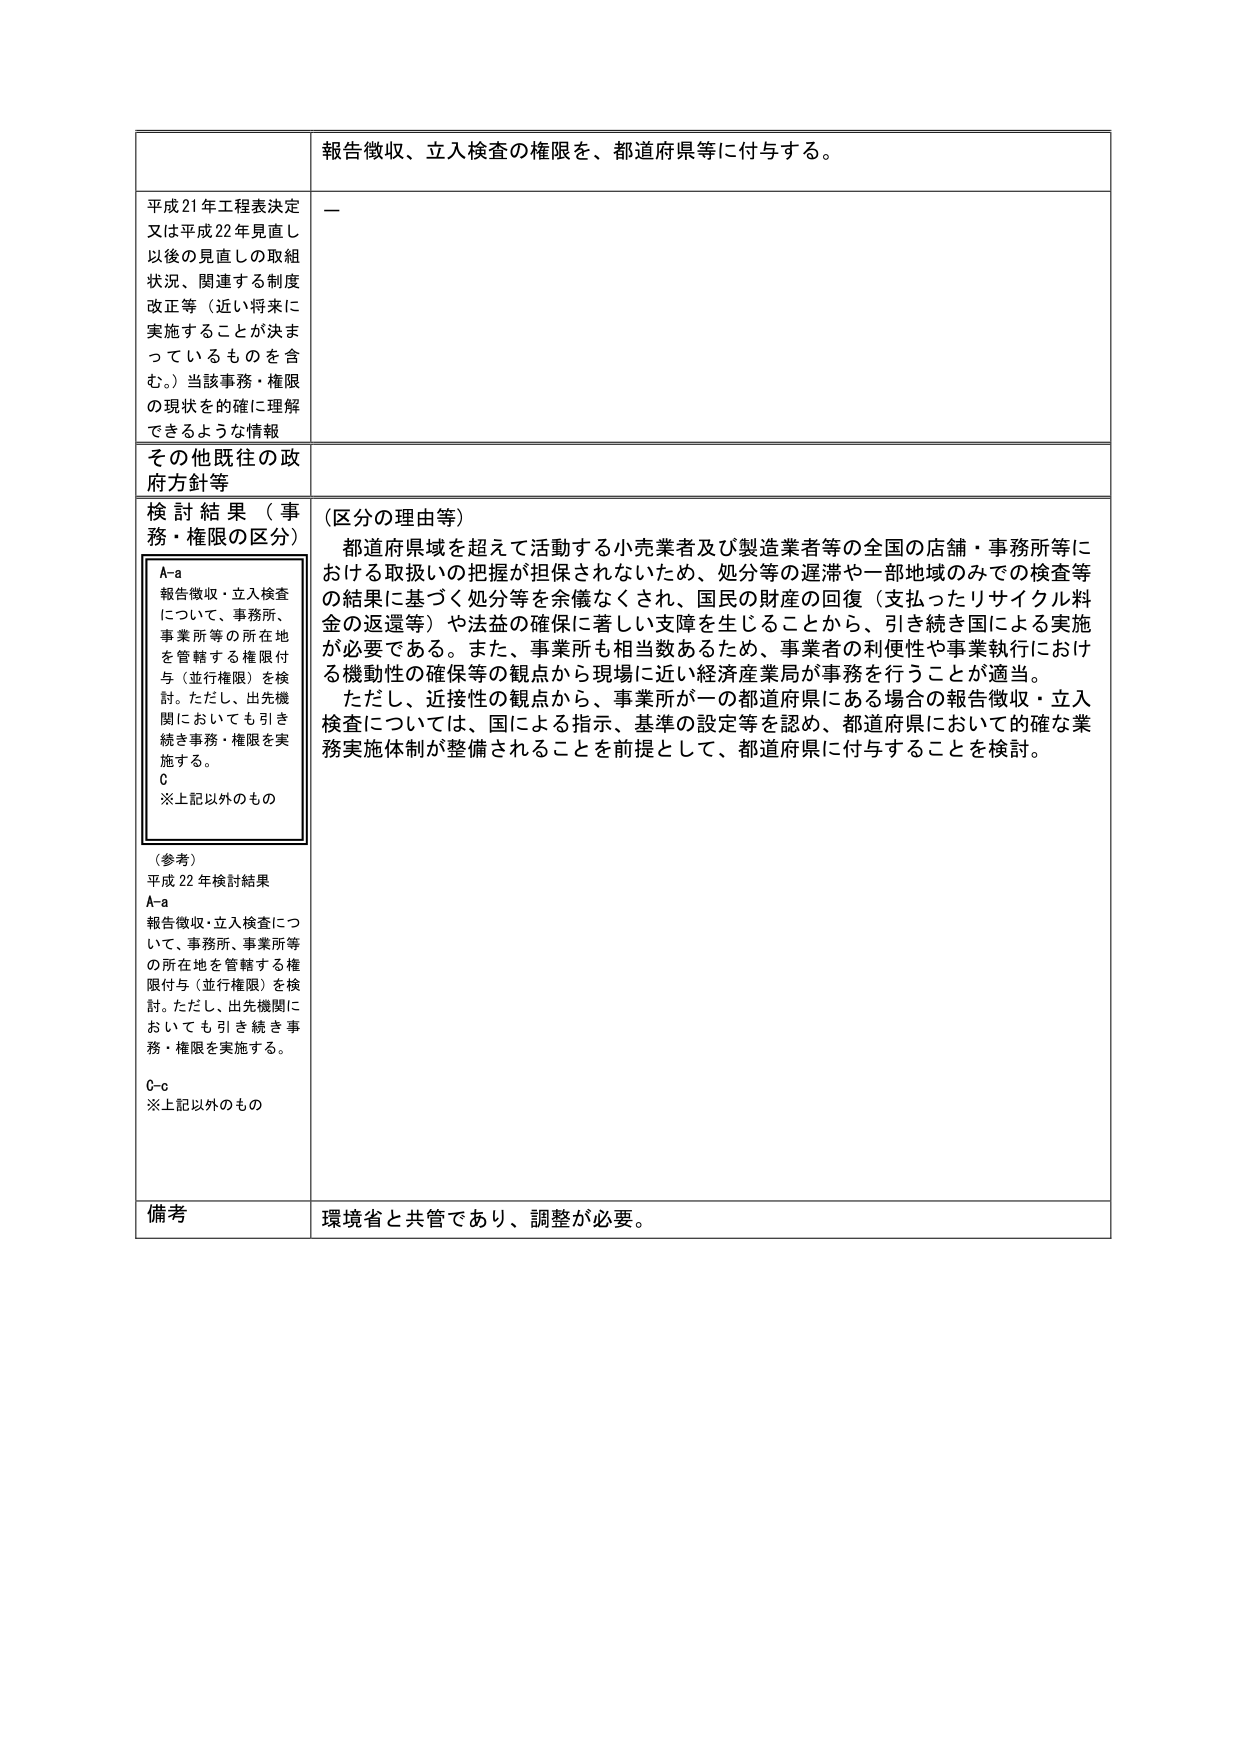
報告徴収、立入検査の権限を、都道府県等に付与する。

平成21年工程表決定
又は平成22年見直し
以後の見直しの取組
状況、関連する制度
改正等（近い将来に
実施することが決ま
っているものを含
む。）当該事務・権限
の現状を的確に理解
できるような情報
—

その他既往の政
府方針等

検討結果（事
務・権限の区分）
A-a
報告徴収・立入検査
について、事務所、
事業所等の所在地
を管轄する権限付
与（並行権限）を検
討。ただし、出先機
関においても引き
続き事務・権限を実
施する。
C
※上記以外のもの

（参考）
平成22年検討結果
A-a
報告徴収・立入検査につ
いて、事務所、事業所等
の所在地を管轄する権
限付与（並行権限）を検
討。ただし、出先機関に
おいても引き続き事
務・権限を実施する。
C-c
※上記以外のもの

（区分の理由等）
都道府県域を超えて活動する小売業者及び製造業者等の全国の店舗・事務所等に
おける取扱いの把握が担保されないため、処分等の遅滞や一部地域のみでの検査等
の結果に基づく処分等を余儀なくされ、国民の財産の回復（支払ったリサイクル料
金の返還等）や法益の確保に著しい支障を生じることから、引き続き国による実施
が必要である。また、事業所も相当数あるため、事業者の利便性や事業執行におけ
る機動性の確保等の観点から現場に近い経済産業局が事務を行うことが適当。
ただし、近接性の観点から、事業所が一の都道府県にある場合の報告徴収・立入
検査については、国による指示、基準の設定等を認め、都道府県において的確な業
務実施体制が整備されることを前提として、都道府県に付与することを検討。

備考
環境省と共管であり、調整が必要。